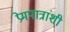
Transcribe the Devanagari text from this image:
प्रेमपात्रांशी